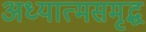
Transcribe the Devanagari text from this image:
अध्यात्मसमृद्ध